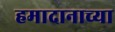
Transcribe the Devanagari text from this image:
हमादानाच्या